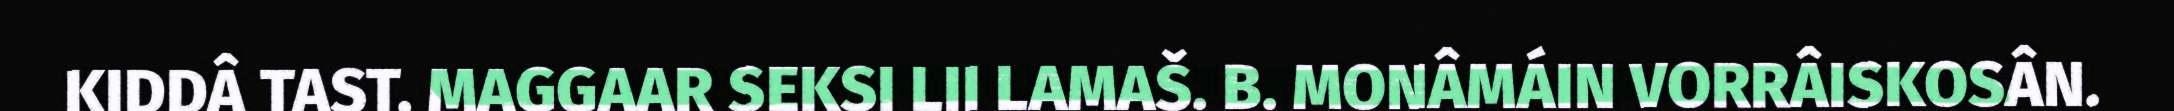
KIDDÂ TAST, MAGGAAR SEKSI LII LAMAŠ. B. MONÂMÁIN VORRÂISKOSÂN.